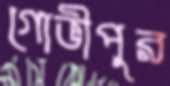
গোভীপুর